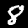
Digit: 8